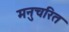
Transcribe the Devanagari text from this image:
मनुचरित